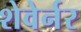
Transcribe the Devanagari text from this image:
शेवेर्नर